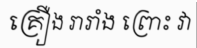
គ្រឿង រារាំង ព្រោះ វា